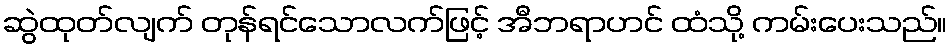
ဆွဲထုတ်လျက် တုန်ရင်သောလက်ဖြင့် အီဘရာဟင် ထံသို့ ကမ်းပေးသည်။